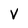
Character: V